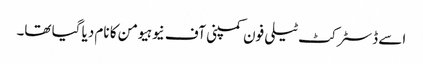
اسے ڈسٹرکٹ ٹیلی فون کمپنی آف نیوہیومن کا نام دیا گیا تھا۔